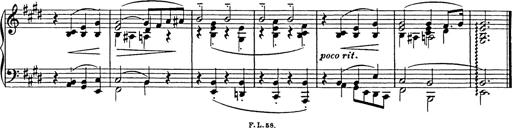
Title: Consolations
Composer: Franz Liszt